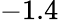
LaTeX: -1.4